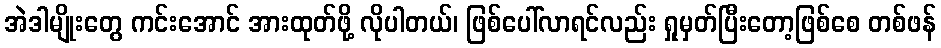
အဲဒါမျိုးတွေ ကင်းအောင် အားထုတ်ဖို့ လိုပါတယ်၊ ဖြစ်ပေါ်လာရင်လည်း ရှုမှတ်ပြီးတော့ဖြစ်စေ တစ်ဖန်